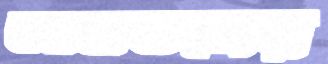
আমতলের